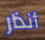
أنذار